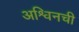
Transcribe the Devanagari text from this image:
अश्विनची